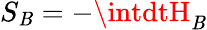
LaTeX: S_{\mathit{B}}=-\intdtH_{\mathit{B}}